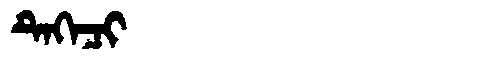
Manchu: ᡨᡝᡴᡝᠴᡳ
Romanization: TEKECI